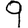
Digit: 9